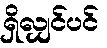
ရှိလျှင်ပင်